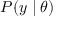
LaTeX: P ( y \mid \theta )